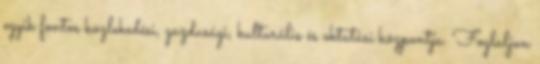
egyik fontos közlekedési, gazdasági, kulturális és oktatási központja. Foglaljon